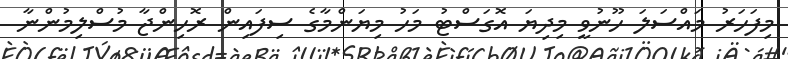
މިފަހަރު މައްސަލަ ހޫނުވީ މިދިޔަ އޮގަސްޓު މަހު މިޔަންމާގެ ސިފައިން ރޮހިންޖާ މުސްލިމުންނާ